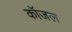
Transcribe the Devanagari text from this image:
कॉजल